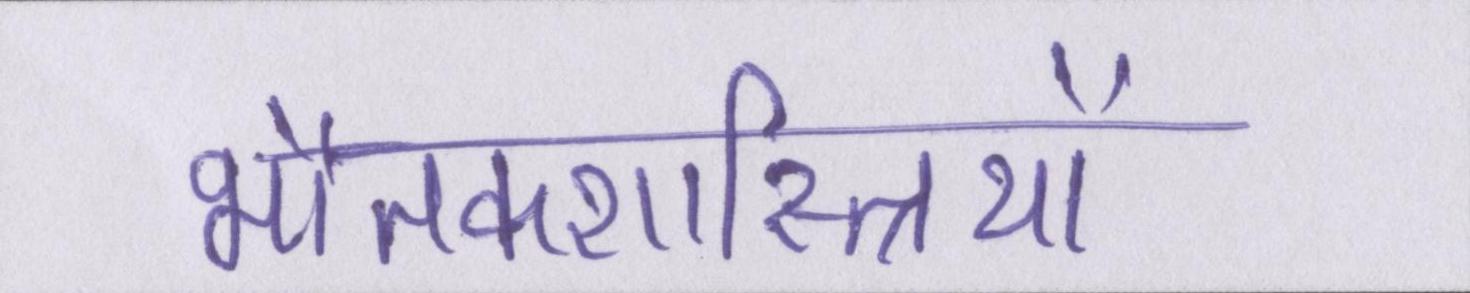
भौतकशास्त्रियों